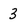
Character: 3